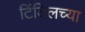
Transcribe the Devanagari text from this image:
टिंडिलच्या